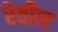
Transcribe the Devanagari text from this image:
रेतील